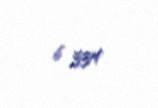
6 334